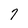
Character: 7